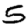
Digit: 5